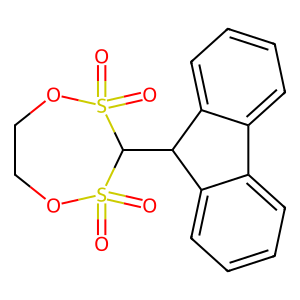
SMILES: O=S1(=O)OCCOS(=O)(=O)C1C1c2ccccc2-c2ccccc21
Inhibits HIV replication: No